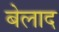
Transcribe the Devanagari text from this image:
बेलाद